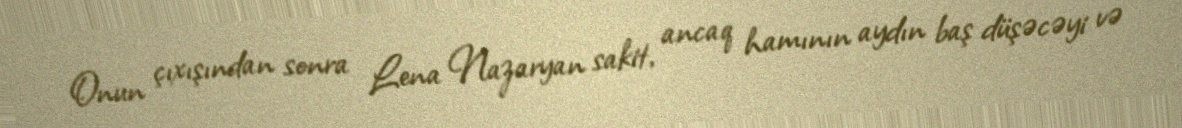
Onun çıxışından sonra Lena Nazaryan sakit, ancaq hamının aydın baş düşəcəyi və